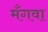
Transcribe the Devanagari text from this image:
मँगवा